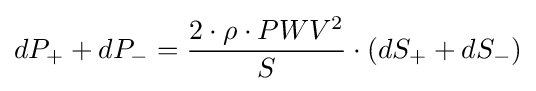
dP_{+}+dP_{-}={\frac {2\cdot \rho \cdot PWV^{2}}{S}}\cdot (dS_{+}+dS_{-})